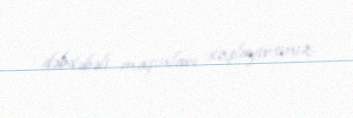
dəbdəbəli maşınları xoşlayırsınız.